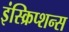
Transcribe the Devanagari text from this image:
इंस्क्रिप्शन्स